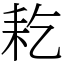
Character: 䎢